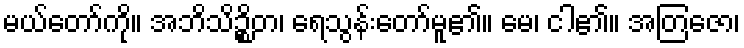
မယ်တော်ကို။ အဘိသိဉ္စိတ၊ ရေသွန်းတော်မူ၏။ မေ၊ ငါ၏။ အတြဇော၊